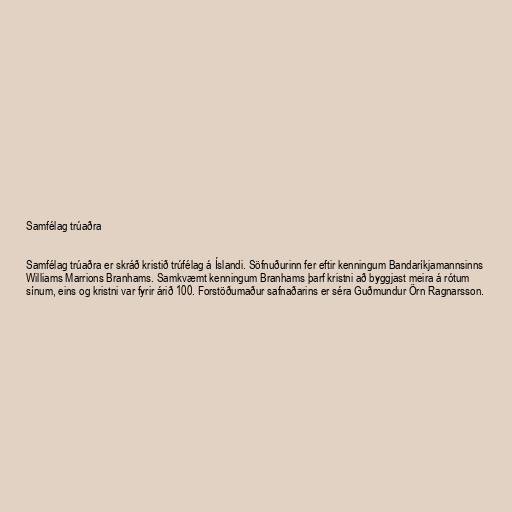
Samfélag trúaðra

Samfélag trúaðra er skráð kristið trúfélag á Íslandi. Söfnuðurinn fer eftir kenningum Bandaríkjamannsinns
Williams Marrions Branhams. Samkvæmt kenningum Branhams þarf kristni að byggjast meira á rótum
sínum, eins og kristni var fyrir árið 100. Forstöðumaður safnaðarins er séra Guðmundur Örn Ragnarsson.